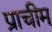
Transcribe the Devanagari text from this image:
प्राचीम